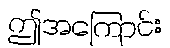
ဤအကြောင်း